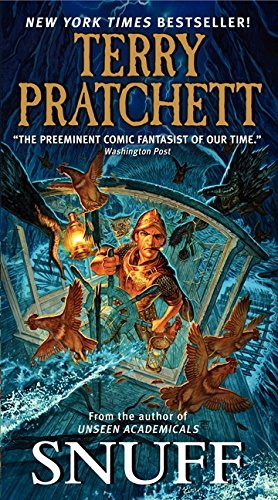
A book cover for Snuff (Discworld); Terry Pratchett; Science Fiction & Fantasy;